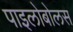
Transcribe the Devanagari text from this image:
पाइलोबोलस